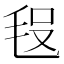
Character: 𣭗